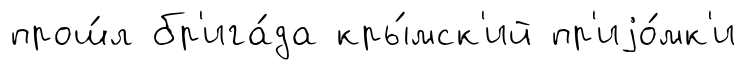
прош́л бр'ига́да кры́мск'ий пр'иjо́мк'и